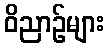
ဝိညာဉ်များ